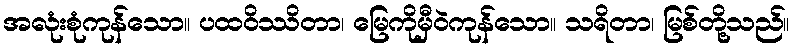
အလုံးစုံကုန်သော။ ပထဝိဿိတာ၊ မြေကိုမှီဝဲကုန်သော။ သရိတာ၊ မြစ်တို့သည်။